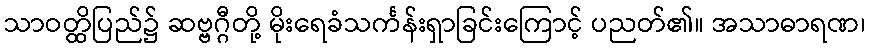
သာဝတ္ထိပြည်၌ ဆဗ္ဗဂ္ဂီတို့ မိုးရေခံသင်္ကန်းရှာခြင်းကြောင့် ပညတ်၏။ အသာဓာရဏ၊